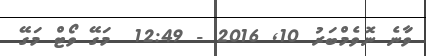
ވަާނެ ނޮވެމްބަރު 10